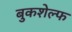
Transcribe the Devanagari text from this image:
बुकशेल्फ